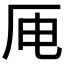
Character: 𪠄